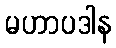
မဟာပဒါန